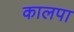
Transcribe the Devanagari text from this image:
कालपा